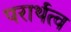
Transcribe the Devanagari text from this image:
परार्थत्व